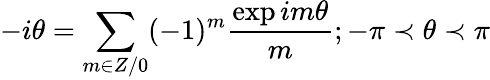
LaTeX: -i\theta=\sum_{m\in Z/0}(-1)^{m}\frac{\exp im\theta}{m}\textrm{};-\pi\prec\theta\prec\pi